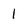
Character: 1